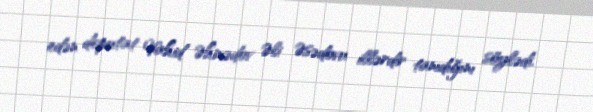
edən deputat Vahid Əhmədov Əli Əsədovu illərdir tanıdığını söylədi.